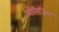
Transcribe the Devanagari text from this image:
ओरिंजिंस